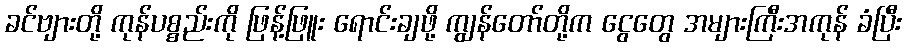
ခင်ဗျားတို့ ကုန်ပစ္စည်းကို ဖြန့်ဖြူး ရောင်းချဖို့ ကျွန်တော်တို့က ငွေတွေ အများကြီးအကုန် ခံပြီး